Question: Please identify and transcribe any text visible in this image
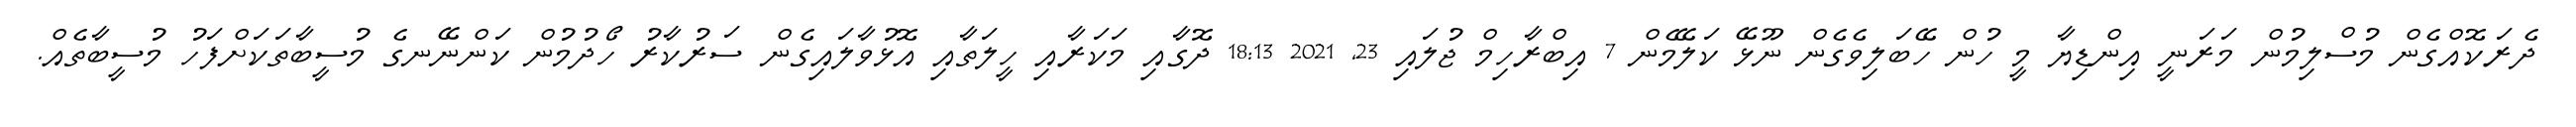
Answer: ދެރަކޮއްގެން މުސްލިމުން މަރަނީ އިންޑިޔާ މީ ހުން ހޭބަލިވެގެން ނޫޅޭ ކަލޭމެން 7 އިބްރާހިމް ޖުލައި 23, 2021 18:13 ދޮގާއި މަކަރާއި ހީލަތާއި އޮޅުވާލައިގެން ސަރުކާރު ހޯދުމުން ކަންނޭނގެ މުސީބާތަކަށްފަހު މުސީބާތެއް.